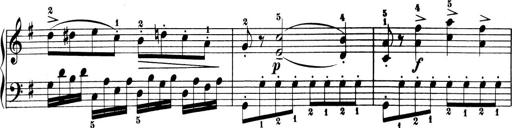
Title: 6 Piano Sonatinas
Composer: Cornelius Gurlitt